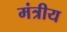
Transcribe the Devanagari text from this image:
मंत्रीय